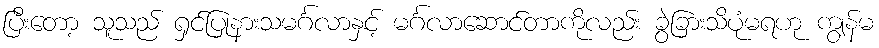
ပြီးတော့ သူသည် ရှင်ပြုနားသမင်္ဂလာနှင့် မင်္ဂလာဆောင်တာကိုလည်း ခွဲခြားသိပုံမရဟု ကျွန်မ